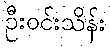
ဦးဝင်းသိန်း